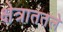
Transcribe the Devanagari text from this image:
क्षेत्राततले